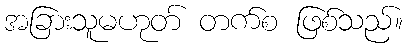
အခြားသူမဟုတ် တက်စ ဖြစ်သည်။